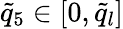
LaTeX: \tilde{q}_{5}\in[0,\tilde{q}_{l}]